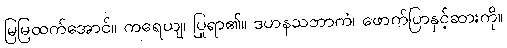
မြမြထက်အောင်။ ကရေယျ၊ ပြုရာ၏။ ဒဟနသဘာကံ၊ ဖောက်ပြာနှင့်ဆားကို။